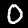
Label: 0